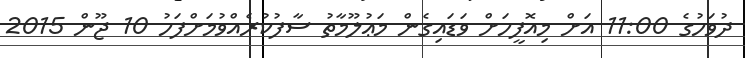
ދުވަހުގެ 11:00 އަށް މިއޮފީހަށް ވަޑައިގެން މަޢުލޫމާތު ސާފުކުރެއްވުމަށްފަހު 10 ޖޫން 2015